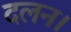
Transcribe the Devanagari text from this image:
दलन।